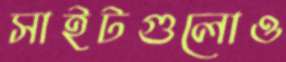
সাইটগুলোও